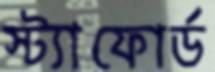
স্ট্যাফোর্ড